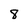
Character: 8